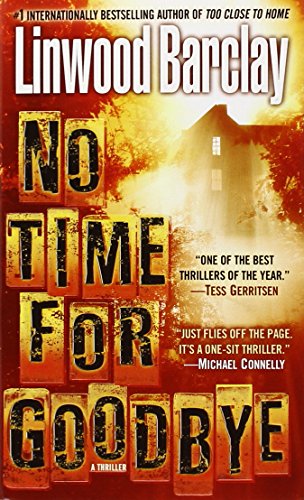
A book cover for No Time for Goodbye; Linwood Barclay; Literature & Fiction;